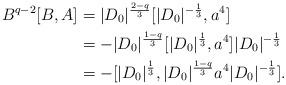
LaTeX: \begin{align*} B^{q-2}[B,A] &= |D_0|^{\frac{2-q}{3}}[|D_0|^{-\frac13},a^4]\\ &= -|D_0|^{\frac{1-q}{3}}[|D_0|^{\frac13},a^4]|D_0|^{-\frac13}\\ &= -[|D_0|^{\frac13},|D_0|^{\frac{1-q}3}a^4|D_0|^{-\frac13}]. \end{align*}